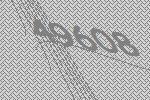
49608